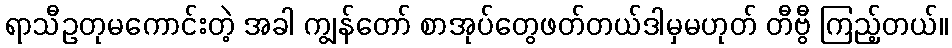
ရာသီဥတုမကောင်းတဲ့ အခါ ကျွန်တော် စာအုပ်တွေဖတ်တယ်ဒါမှမဟုတ် တီဗွီ ကြည့်တယ်။